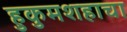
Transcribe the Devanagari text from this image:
हुकुमशहाचा